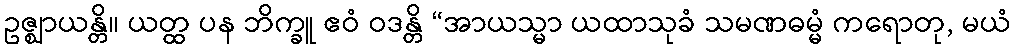
ဥဇ္ဈာယန္တိ။ ယတ္ထ ပန ဘိက္ခူ ဧဝံ ဝဒန္တိ “အာယသ္မာ ယထာသုခံ သမဏဓမ္မံ ကရောတု, မယံ